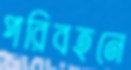
পরিবহনে